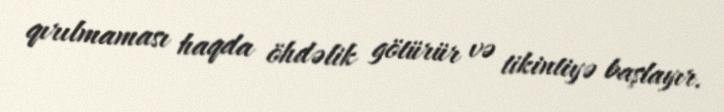
qırılmaması haqda öhdəlik götürür və tikintiyə başlayır.